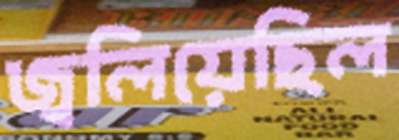
জ্বলিয়েছিল